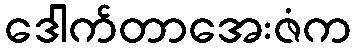
ဒေါက်တာအေးဇံက